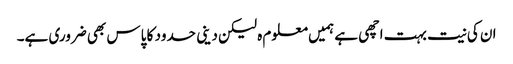
ان کی نیت بہت اچھی ہے ہمیں معلوم ہ لیکن دینی حدود کا پاس بھی ضروری ہے۔